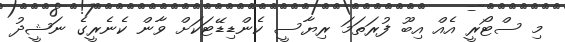
މި ސްޓޯރީ އެއް އިބޫ ފުރަތަމަ ރިޔާސީ ކެންޑިޑޭޓަކަށް ވާން ކެނެރީގެ ނަޝީދު